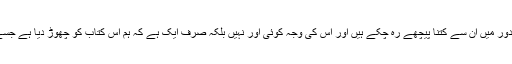
لیکن ہم مسلمان آج کے دور میں ان سے کتنا پیچھے رہ چکے ہیں اور اس کی وجہ کوئی اور نہیں بلکہ صرف ایک ہے کہ ہم اس کتاب کو چھوڑ دیا ہے جسے قرآن پاک کہتے ہیں ۔